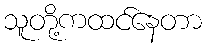
သူတို့ကထင်နေတာ